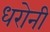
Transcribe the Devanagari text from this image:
धरोनी